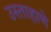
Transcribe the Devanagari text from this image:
उस्ताहाणे